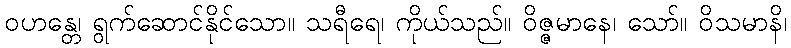
ဝဟန္တေ၊ ရွက်ဆောင်နိုင်သော။ သရီရေ၊ ကိုယ်သည်။ ဝိဇ္ဇမာနေ၊ သော်။ ဝိသမာနိ၊